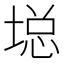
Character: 𱗖